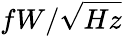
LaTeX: fW/\sqrt{Hz}